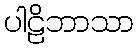
ပါဠိဘာသာ